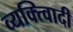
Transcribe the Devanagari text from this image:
व्यक्त्विादी